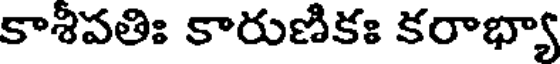
కాశిపతిః కారుణికః కరాభ్యా